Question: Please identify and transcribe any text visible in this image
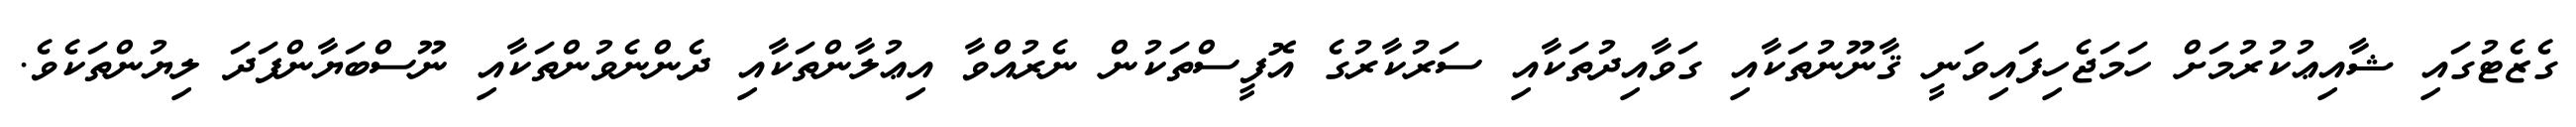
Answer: ގެޒެޓުގައި ޝާއިޢުކުރުމަށް ހަމަޖެހިފައިވަނީ ޤާނޫނުތަކާއި ގަވާއިދުތަކާއި ސަރުކާރުގެ އޮފީސްތަކުން ނެރުއްވާ އިޢުލާންތަކާއި ދެންނެވުންތަކާއި ނޫސްބަޔާންފަދަ ލިޔުންތަކެވެ.